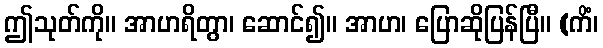
ဤသုတ်ကို။ အာဟရိတွာ၊ ဆောင်၍။ အာဟ၊ ပြောဆိုပြန်ပြီ။ (ကိံ၊